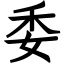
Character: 委